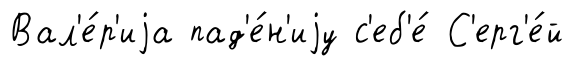
Вал'е́р'иjа пад'е́н'иjу с'еб'е́ С'ерг'е́й